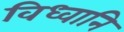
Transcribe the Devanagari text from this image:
विध्वानि